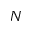
N